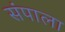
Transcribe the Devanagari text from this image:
संपाला